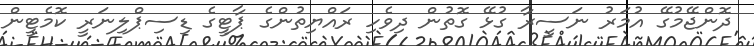
ދޮންޖޭމުގޭ އުމަރު ނަސީރާ ގުޅޭ ގޮތުން ދިވެހި ރައްޔިތުންގެ ޕާޓީގެ ޑިސިޕްލިނަރީ ކޮމެޓީން